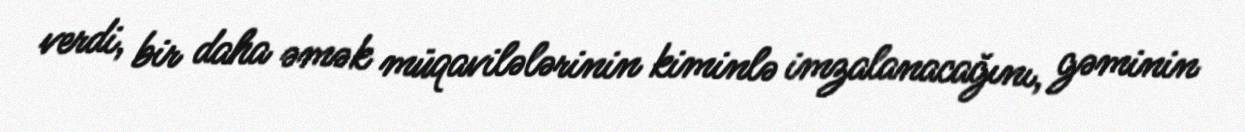
verdi, bir daha əmək müqavilələrinin kiminlə imzalanacağını, gəminin